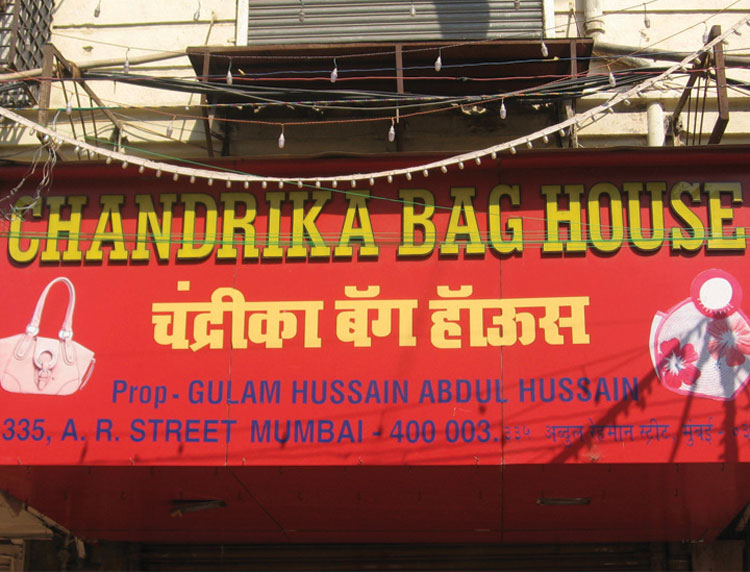
Language: marathi
Transcription: चंद्रिका हॉऊस अब्दुल रेहमान स्ट्रीट मुंबई बॅग